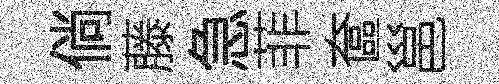
倘藤急菲奩邕